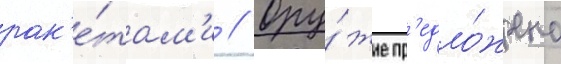
рак'е́там'и // Ору́жие пр'едло́жено